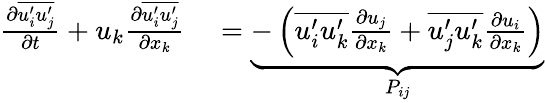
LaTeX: \begin{array}{rl}{\frac{\partial\overline{{u_{i}^{\prime}u_{j}^{\prime}}}}{\partial t}+u_{k}\frac{\partial\overline{{u_{i}^{\prime}u_{j}^{\prime}}}}{\partial x_{k}}}&{{}=\underbrace{-\left(\overline{{u_{i}^{\prime}u_{k}^{\prime}}}\frac{\partial u_{j}}{\partial x_{k}}+\overline{{u_{j}^{\prime}u_{k}^{\prime}}}\frac{\partial u_{i}}{\partial x_{k}}\right)}_{P_{ij}}}\end{array}